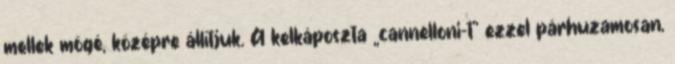
mellek mögé, középre állítjuk. A kelkáposzta „cannelloni-t” ezzel párhuzamosan,